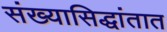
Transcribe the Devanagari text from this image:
संख्यासिद्धांतात